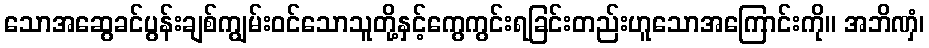
သောအဆွေခင်ပွန်းချစ်ကျွမ်းဝင်သောသူတို့နှင့်ကွေကွင်းရခြင်းတည်းဟူသောအကြောင်းကို။ အဘိဏှံ၊